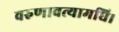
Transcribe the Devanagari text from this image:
वरुणावत्यामधि।